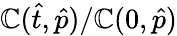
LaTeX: {\mathbb{C}}(\hat{{t}},\hat{{p}})/\mathbb{C}(0,\hat{{p}})